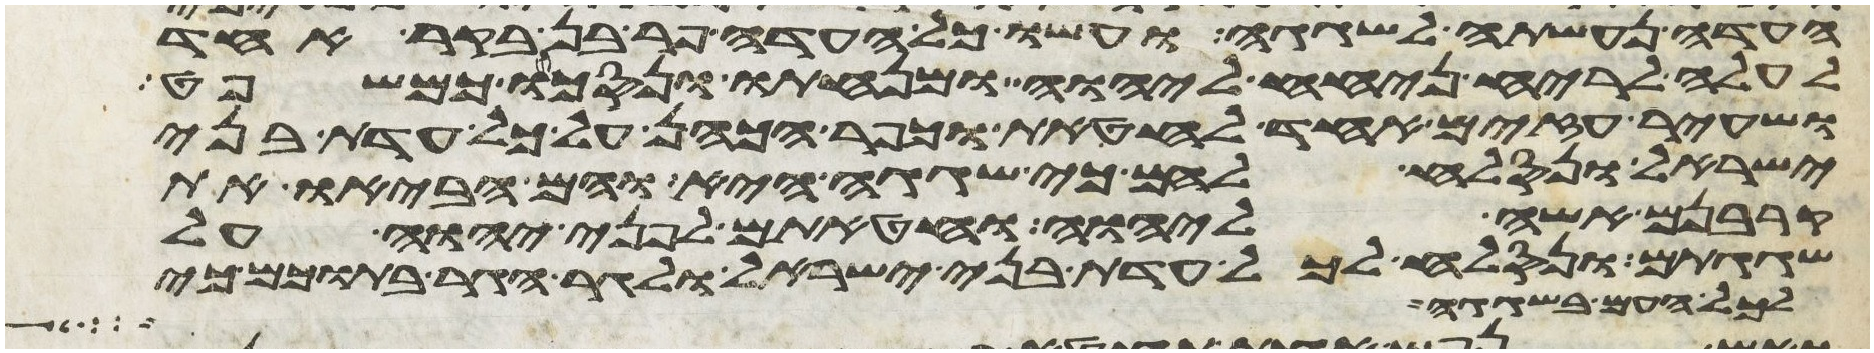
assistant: העדה נעשתה לשגגה ועשו כל העדה פר בן בקר אחד
לעלה לריח ניחח ליהוה ומנחתו ונסכו כמשפט
ושעיר עזים אחד לחטאת וכפר הכהן על כל עדת בני
ישראל ונסלח להם כי שגגה היא והם הביאו את
קרבנם אשה ליהוה וחטאתם לפני יהוה על
שגגתם ונסלח לכל עדת בני ישראל ולגר הגר בתוכם כי
לכל העם בשגגה